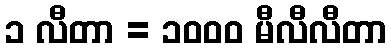
၁ လီတာ = ၁၀၀၀ မီလီလီတာ